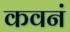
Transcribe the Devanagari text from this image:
कवनं